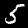
Label: 5